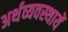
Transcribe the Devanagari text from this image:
अर्थव्यवस्थायें